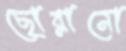
ছোব্‌লানো